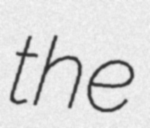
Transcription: the